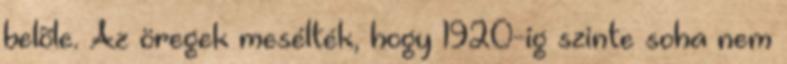
belõle. Az öregek mesélték, hogy 1920-ig szinte soha nem